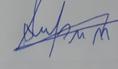
Signature authenticity: forged